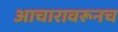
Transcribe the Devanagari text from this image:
आचारावरूनच